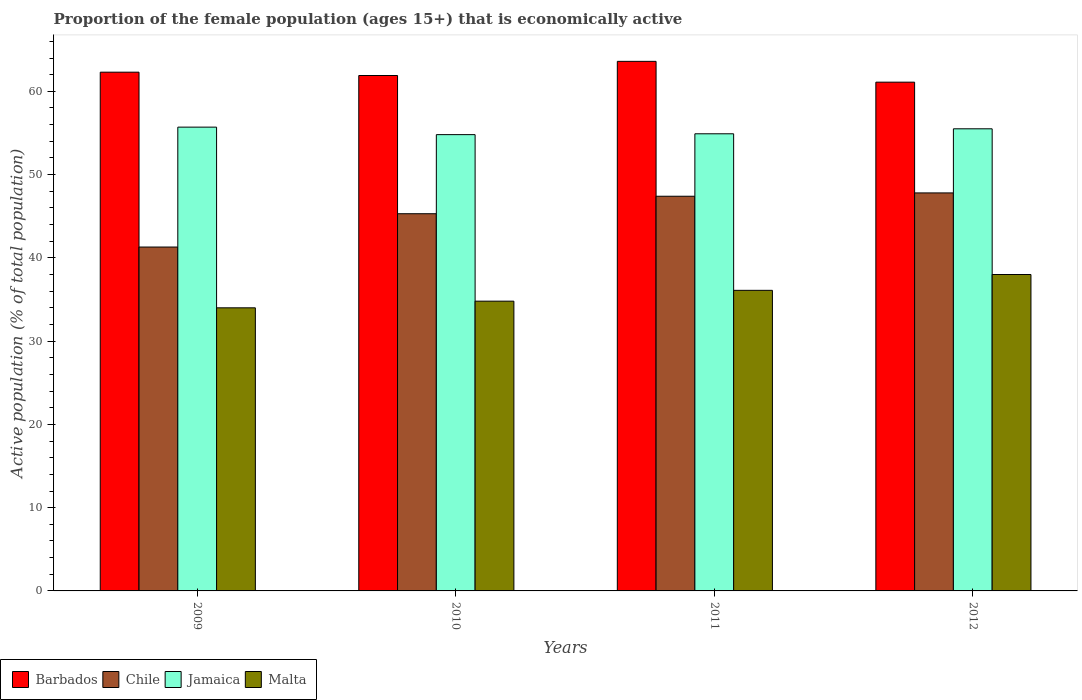
| Years | Barbados | Chile | Jamaica | Malta |
 | --- | --- | --- | --- | --- |
 | 2009 | 62.3 | 41.3 | 55.7 | 34 |
 | 2010 | 61.9 | 45.3 | 54.8 | 34.8 |
 | 2011 | 63.6 | 47.4 | 54.9 | 36.1 |
 | 2012 | 61.1 | 47.8 | 55.5 | 38 |